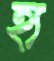
হ্য